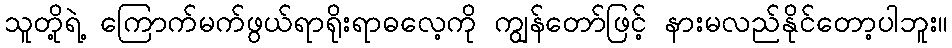
သူတို့ရဲ့ ကြောက်မက်ဖွယ်ရာရိုးရာဓလေ့ကို ကျွန်တော်ဖြင့် နားမလည်နိုင်တော့ပါဘူး။